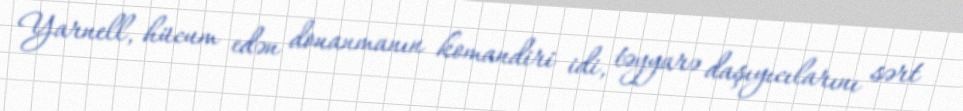
Yarnell, hücum edən donanmanın komandiri idi, təyyarə daşıyıcılarını sərt